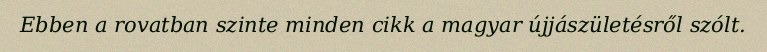
Ebben a rovatban szinte minden cikk a magyar újjászületésről szólt.